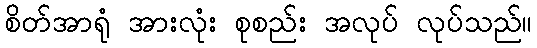
စိတ်အာရုံ အားလုံး စုစည်း အလုပ် လုပ်သည်။